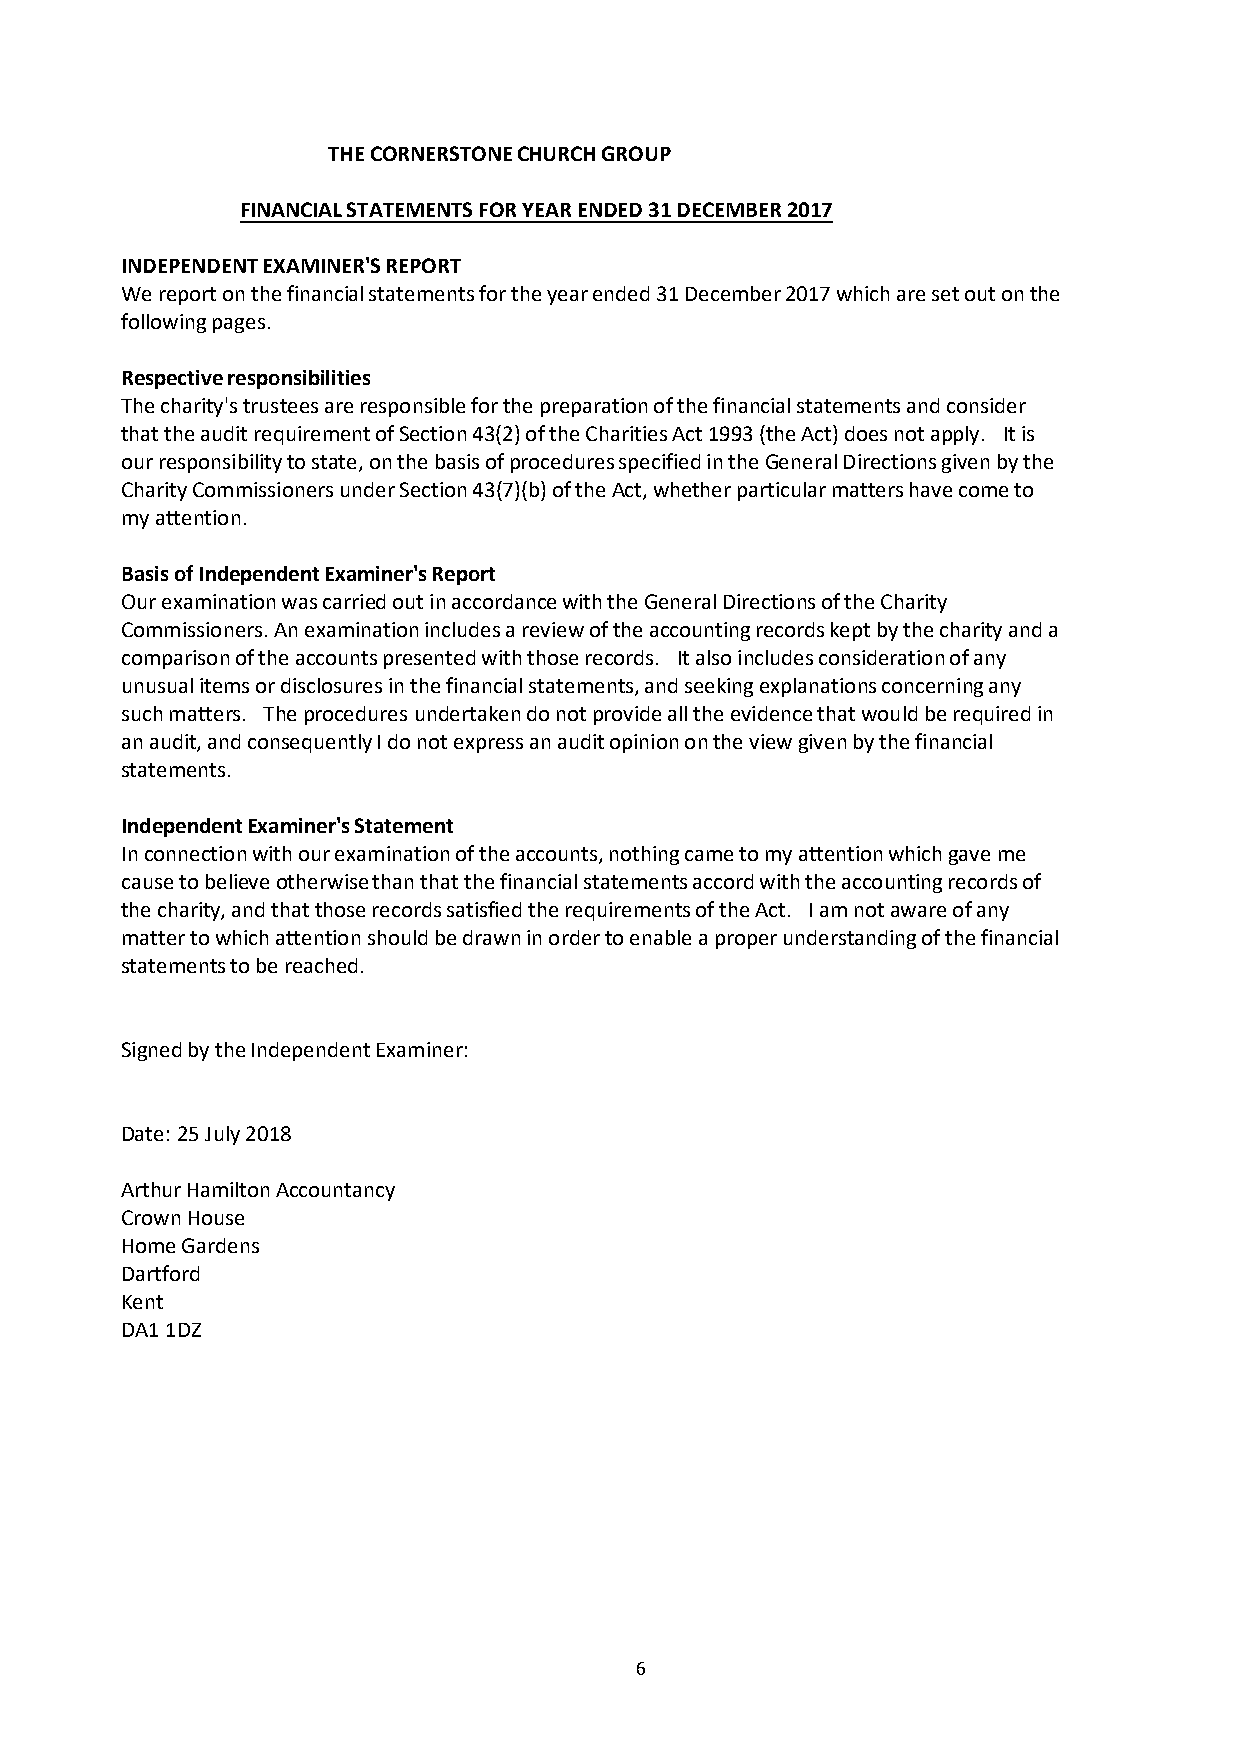
THE CORNERSTONE CHURCH GROUP
 FINANCIAL STATEMENTS FOR YEAR ENDED 31 DECEMBER 2017
 INDEPENDENT EXAMINER'S REPORT
 We report on the financial statements for the year ended 31 December 2017 which are set out on the
 following pages.
 Respective responsibilities
 The charity's trustees are responsible for the preparation of the financial statements and consider
 that the audit requirement of Section 43(2) of the Charities Act 1993 (the Act) does not apply. It is
 our responsibility to state, on the basis of procedures specified in the General Directions given by the
 Charity Commissioners under Section 43(7)(b) of the Act, whether particular matters have come to
 my attention.
 Basis of Independent Examiner's Report
 Our examination was carried out in accordance with the General Directions of the Charity
 Commissioners. An examination includes a review of the accounting records kept by the charity and a
 comparison of the accounts presented with those records. It also includes consideration of any
 unusual items or disclosures in the financial statements, and seeking explanations concerning any
 such matters. The procedures undertaken do not provide all the evidence that would be required in
 an audit, and consequently I do not express an audit opinion on the view given by the financial
 statements.
 Independent Examiner's Statement
 In connection with our examination of the accounts, nothing came to my attention which gave me
 cause to believe otherwise than that the financial statements accord with the accounting records of
 the charity, and that those records satisfied the requirements of the Act. I am not aware of any
 matter to which attention should be drawn in order to enable a proper understanding of the financial
 statements to be reached.
 Signed by the Independent Examiner:
 Date: 25 July 2018
 Arthur Hamilton Accountancy
 Crown House
 Home Gardens
 Dartford
 Kent
 DA1 1DZ
 6